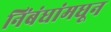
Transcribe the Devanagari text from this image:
निंबंधांमधून